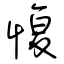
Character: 愎